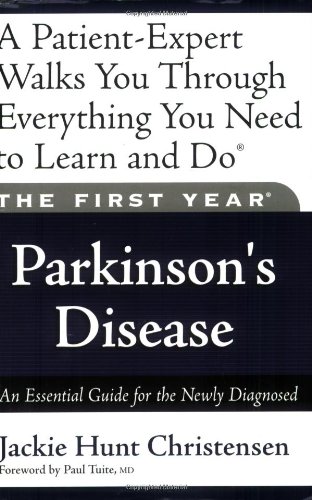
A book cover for The First Year---Parkinson's Disease: An Essential Guide for the Newly Diagnosed; Jackie Hunt Christensen; Health, Fitness & Dieting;